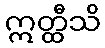
ဣတ္ထီသိ